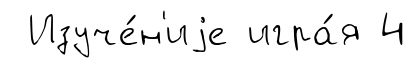
Изуче́н'иjе игра́я 4